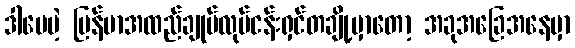
ဒါပေမဲ့ မြန်မာအထည်ချုပ်လုပ်ငန်းရှင်တချို့မှာတော့ အခုအခြေအနေမှာ